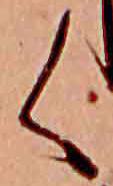
く